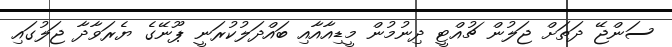
ސަންޖޭ ދަތަށް ޖަލުން ޗުއްޓީ ދިނުމުން މީޑިއާއާއި ބައްދަލުކުރަނީ ޕޫނޭގެ ޔެރަވާދާ ޖަލުގައި